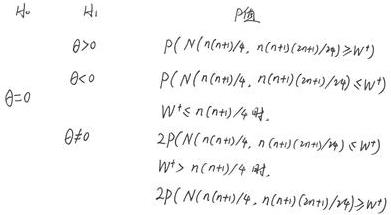
\begin{tabular}{lll}
\(H_0 & H_1 & P_{\text{值}}\) \\
\(\theta>0 & & P\left(N\left(n\left(n+1\right)/4,\ n\left(n+1\right)\left(2n + 1\right)/24\right)\geqslant W^+\right) \)\\
\(\theta<0 & & P\left(N\left(n\left(n+1\right)/4,\ n\left(n+1\right)\left(2n + 1\right)/24\right)\leqslant W^+\right) \)\\
\(\theta = 0 & & W^+\leqslant n\left(n+1\right)/4 \)\text{时}, \\
\(& & 2P\left(N\left(n\left(n+1\right)/4,\ n\left(n+1\right)\left(2n + 1\right)/24\right)\leqslant W^+\right) \)\\
\(\theta\neq0 & & W^+>n\left(n+1\right)/4 \)\text{时}, \\
\(& & 2P\left(N\left(n\left(n+1\right)/4,\ n\left(n+1\right)\left(2n + 1\right)/24\right)\geqslant W^+\right)\)\\
\end{tabular}